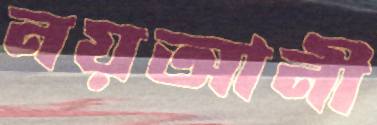
নয়আনী